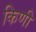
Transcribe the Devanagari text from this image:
किणी